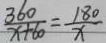
\frac { 3 6 0 } { x + 6 0 } = \frac { 1 8 0 } { x }